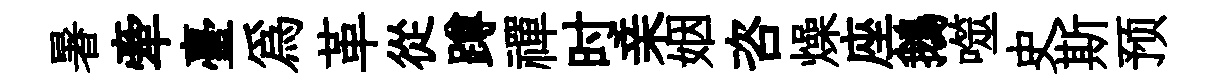
暑牽臺爲革從蹲禪时亲姻咨燥座鵝噬史斯预